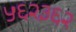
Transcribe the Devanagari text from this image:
५६२३६२